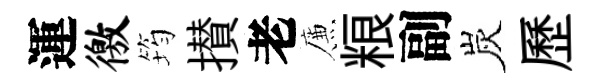
運徼筠攅老簾粮副炭歷